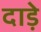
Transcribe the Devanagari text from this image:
दाड़े